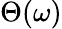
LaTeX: \Theta(\omega)